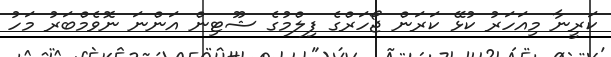
ކަރީނާ މިއަހަރު ކުޅޭ ކަރަން ޖޯހަރްގެ ފިލްމުގެ ޝޫޓިން އަންނަ ނޮވެމްބަރު މަހު